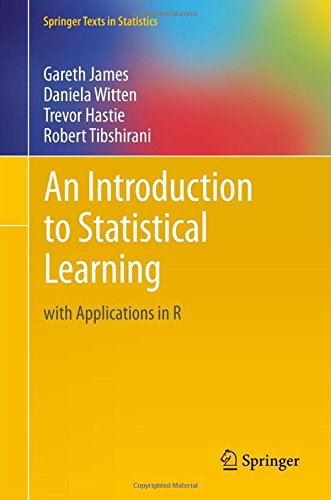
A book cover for An Introduction to Statistical Learning: with Applications in R (Springer Texts in Statistics); Gareth James; Computers & Technology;